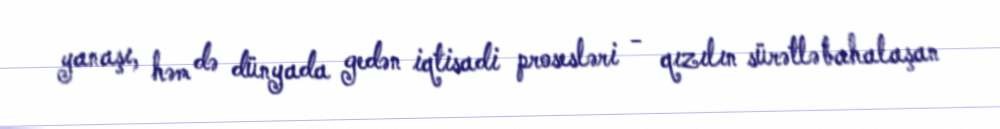
yanaşı, həm də dünyada gedən iqtisadi prosesləri - qızılın sürətlə bahalaşan